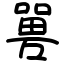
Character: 嘼